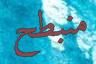
منبطح